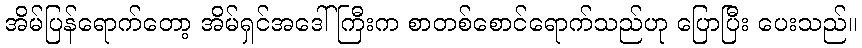
အိမ်ပြန်ရောက်တော့ အိမ်ရှင်အဒေါ်ကြီးက စာတစ်စောင်ရောက်သည်ဟု ပြောပြီး ပေးသည်။